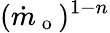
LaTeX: (\dot{m}_{\mathrm{~o~}})^{1-n}